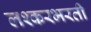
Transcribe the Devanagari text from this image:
लश्करभरती